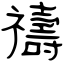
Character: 禱